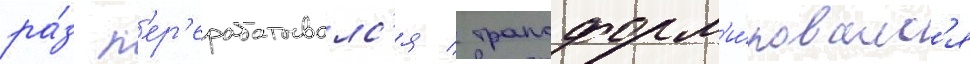
ра́з п'ер'ерабатывалс'я / трансформ'и́ровалс'я